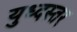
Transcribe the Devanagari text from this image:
युध्दस्तर